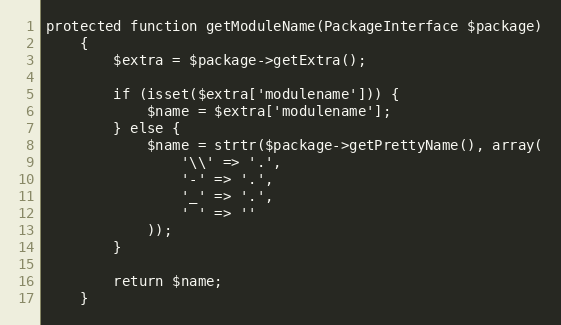
Language: PHP
protected function getModuleName(PackageInterface $package)
    {
        $extra = $package->getExtra();

        if (isset($extra['modulename'])) {
            $name = $extra['modulename'];
        } else {
            $name = strtr($package->getPrettyName(), array(
                '\\' => '.',
                '-' => '.',
                '_' => '.',
                ' ' => ''
            ));
        }

        return $name;
    }